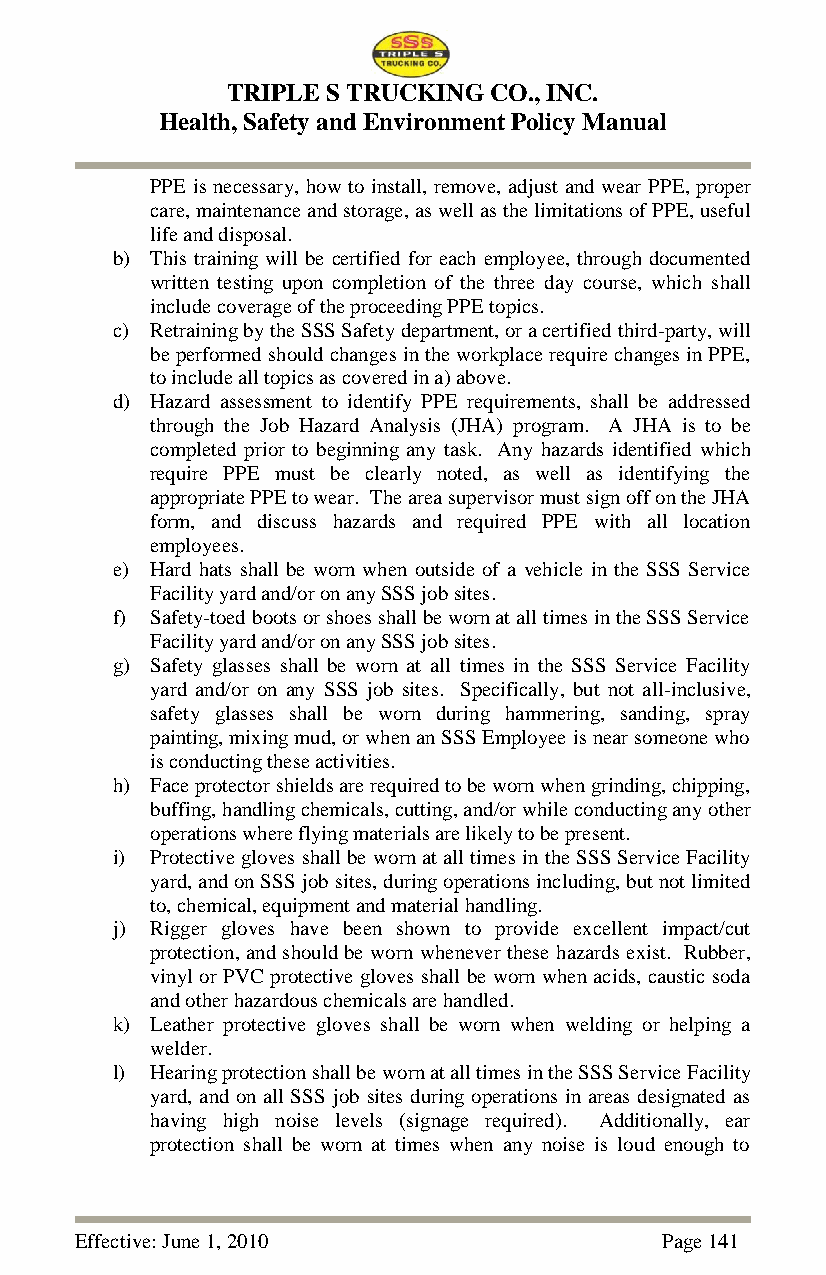
TRIPLE S TRUCKING CO., INC.
 Health, Safety and Environment Policy Manual
 PPE is necessary, how to install, remove, adjust and wear PPE, proper
 care, maintenance and storage, as well as the limitations of PPE, useful
 life and disposal.
 b) This training will be certified for each employee, through documented
 written testing upon completion of the three day course, which shall
 include coverage of the proceeding PPE topics.
 c) Retraining by the SSS Safety department, or a certified third-party, will
 be performed should changes in the workplace require changes in PPE,
 to include all topics as covered in a) above.
 d) Hazard assessment to identify PPE requirements, shall be addressed
 through the Job Hazard Analysis (JHA) program. A JHA is to be
 completed prior to beginning any task. Any hazards identified which
 require PPE must be clearly noted, as well as identifying the
 appropriate PPE to wear. The area supervisor must sign off on the JHA
 form, and discuss hazards and required PPE with all location
 employees.
 e) Hard hats shall be worn when outside of a vehicle in the SSS Service
 Facility yard and/or on any SSS job sites.
 f) Safety-toed boots or shoes shall be worn at all times in the SSS Service
 Facility yard and/or on any SSS job sites.
 g) Safety glasses shall be worn at all times in the SSS Service Facility
 yard and/or on any SSS job sites. Specifically, but not all-inclusive,
 safety glasses shall be worn during hammering, sanding, spray
 painting, mixing mud, or when an SSS Employee is near someone who
 is conducting these activities.
 h) Face protector shields are required to be worn when grinding, chipping,
 buffing, handling chemicals, cutting, and/or while conducting any other
 operations where flying materials are likely to be present.
 i) Protective gloves shall be worn at all times in the SSS Service Facility
 yard, and on SSS job sites, during operations including, but not limited
 to, chemical, equipment and material handling.
 j) Rigger gloves have been shown to provide excellent impact/cut
 protection, and should be worn whenever these hazards exist. Rubber,
 vinyl or PVC protective gloves shall be worn when acids, caustic soda
 and other hazardous chemicals are handled.
 k) Leather protective gloves shall be worn when welding or helping a
 welder.
 l) Hearing protection shall be worn at all times in the SSS Service Facility
 yard, and on all SSS job sites during operations in areas designated as
 having high noise levels (signage required). Additionally, ear
 protection shall be worn at times when any noise is loud enough to
 Effective: June 1, 2010                Page 141